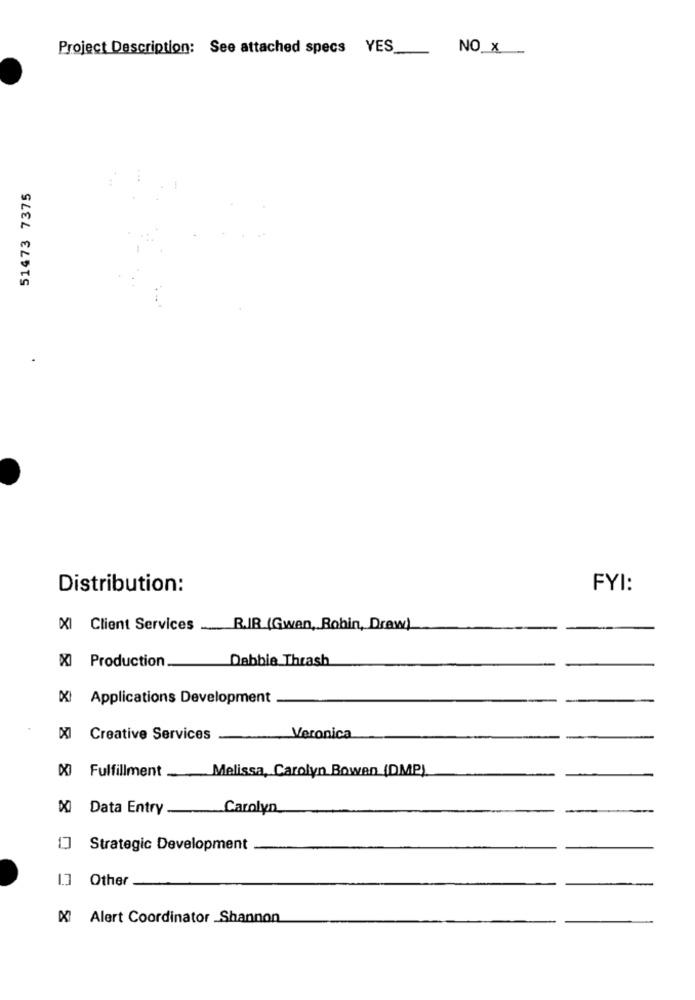
Project Description: See attached specs YES
NO_X
51473 7375
Distribution:
FYI:
XI Client Services
R.IR (Gwan, Robin, Draw)
X Production
Debbie Thrash
XX Applications Development
Creative Services
Veronica
XXI Fulfillment .Melissa, Carolyn Bowen (DMP)
Data Entry ___
Carolyn
17
Strategic Development
1.7
Other
K Alert Coordinator Shannon